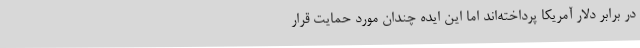
در برابر دلار آمریکا پرداخته‌اند اما این ایده چندان مورد حمایت قرار